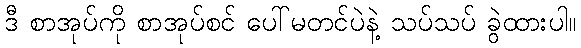
ဒီ စာအုပ်ကို စာအုပ်စင် ပေါ်မတင်ပဲနဲ့ သပ်သပ် ခွဲထားပါ။